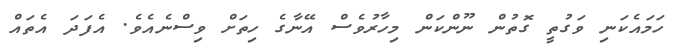
ހަމައެކަނި ވަގުތީ ގޮތުން ނޫންކަން މިހާރުވެސް އޭނާގެ ހިތަށް ވިސްނެއެވެ. އެފަދަ އެތައް